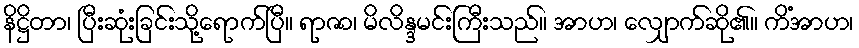
နိဋ္ဌိတာ၊ ပြီးဆုံးခြင်းသို့ရောက်ပြီ။ ရာဇာ၊ မိလိန္ဒမင်းကြီးသည်။ အာဟ၊ လျှောက်ဆို၏။ ကိံအာဟ၊